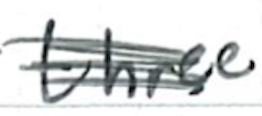
Text: three
Cross-out: scratch
Writing tool: ballpoint